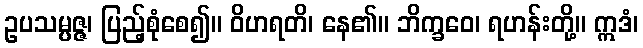
ဥပသမ္ပဇ္ဇ၊ ပြည့်စုံစေ၍။ ဝိဟရတိ၊ နေ၏။ ဘိက္ခဝေ၊ ရဟန်းတို့။ ဣဒံ၊